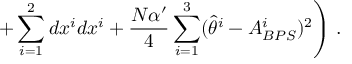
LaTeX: \left. + \sum _ { i = 1 } ^ { 2 } d x ^ { i } d x ^ { i } + \frac { N \alpha ^ { \prime } } { 4 } \sum _ { i = 1 } ^ { 3 } ( \hat { \theta } ^ { i } - A _ { B P S } ^ { i } ) ^ { 2 } \right) \, .